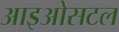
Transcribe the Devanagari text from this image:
आइओसटल